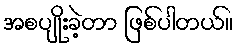
အစပျိုးခဲ့တာ ဖြစ်ပါတယ်။